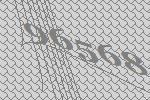
96568